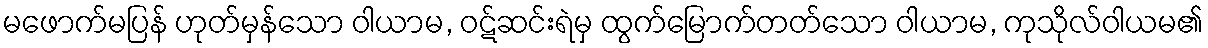
မဖောက်မပြန် ဟုတ်မှန်သော ဝါယာမ, ဝဋ်ဆင်းရဲမှ ထွက်မြောက်တတ်သော ဝါယာမ, ကုသိုလ်ဝါယမ၏